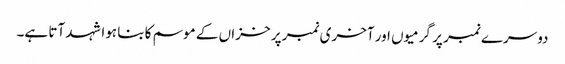
دوسرے نمبر پر گرمیوں اور آخری نمبر پر خزاں کے موسم کا بنا ہوا شہد آتا ہے۔